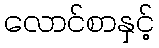
လောင်စာနှင့်